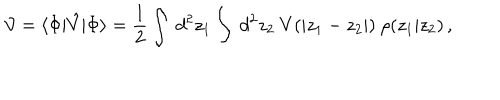
{ \cal V } = \langle \Phi | \hat { V } | \Phi \rangle = \frac { 1 } { 2 } \int { \ d ^ { 2 } z _ { 1 } } \int { \ d ^ { 2 } z _ { 2 } } ~ V ( | z _ { 1 } - z _ { 2 } | ) ~ \rho ( z _ { 1 } | z _ { 2 } ) \, ,